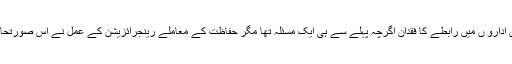
قانون نافذ کرنے والے سویلین ادارو ں میں رابطے کا فقدان اگرچہ پہلے سے ہی ایک مسئلہ تھا مگر حفاظت کے معاملے رینجرائزیشن کے عمل نے اس صورتحال کو مزید پیچیدہ بنا دیا ہے ۔